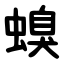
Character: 螑